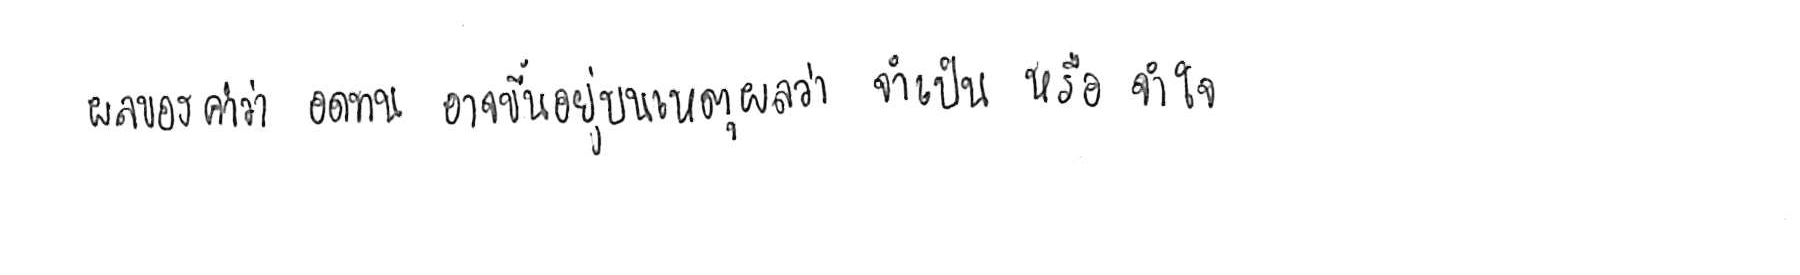
ผลของคำว่า อดทน อาจขึ้นอยู่บนเหตุผลว่า จำเป็น หรือ จำใจ